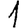
Digit: 1